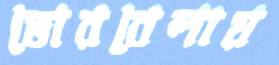
ভোরবেলায়